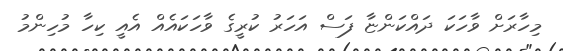
މިހާރަށް ވާހަކަ ދައްކަންޏާ ފަސް އަހަރު ކުރީގެ ވާހަކައެއް އެއީ ކިހާ މުހިންމު